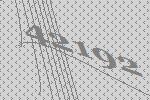
42192